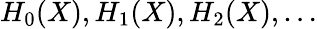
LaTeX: H_{0}(X),H_{1}(X),H_{2}(X),\ldots